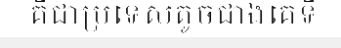
គឺជាប្រទេសតូចជាងគេទី